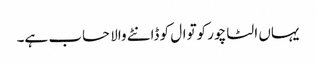
یہاں الٹا چور کوتوال کو ڈانٹے والا حساب ہے۔